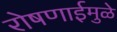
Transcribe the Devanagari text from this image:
रोषणाईमुळे